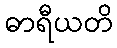
ဓာရီယတိ